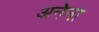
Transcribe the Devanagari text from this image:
अनेना